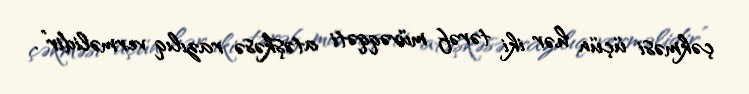
çəkməsi üçün hər iki tərəf müvəqqəti atəşkəsə razılıq verməlidir”.